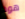
هود